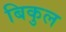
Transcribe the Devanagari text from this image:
बिकुल